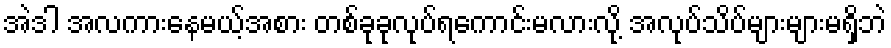
အဲဒါ အလကားနေမယ့်အစား တစ်ခုခုလုပ်ရကောင်းမလားလို့ အလုပ်သိပ်များများမရှိဘဲ